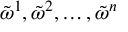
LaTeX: { \tilde { \omega } } ^ { 1 } , { \tilde { \omega } } ^ { 2 } , \dots , { \tilde { \omega } } ^ { n }